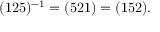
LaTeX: ( 1 2 5 ) ^ { - 1 } = ( 5 2 1 ) = ( 1 5 2 ) .